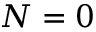
N = 0